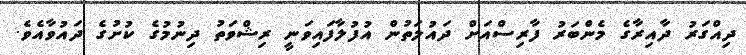
ދިއްގަރު ދާއިރާގެ މެންބަރު ފާރިސްއަށް ދައުލަތުން އުފުލާފައިވަނީ ރިޝްވަތު ދިނުމުގެ ކުށުގެ ދައުވާއެވެ.